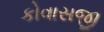
કોવાસજી